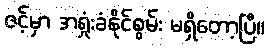
ဇင့်မှာ အရှုံးခံနိုင်စွမ်း မရှိတော့ပြီ။